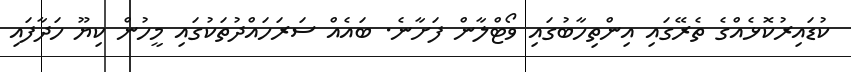
ކުޑައިރުކޮޅެއްގެ ތެރޭގައި އިންތިހާބުގައި ވޯޓްލާން ފަށާނެ. ބައެއް ސަރަހައްދުތަކުގައި މީހުން ކިޔޫ ހަދާފައި